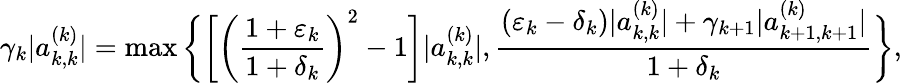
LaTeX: \gamma_{k}|a_{k,k}^{(k)}|=\operatorname*{max}\bigg\{ \bigg[\bigg(\frac{1+\varepsilon_{k}}{1+\delta_{k}}\bigg)^{2}-1\bigg]|a_{k,k}^{(k)}|,\frac{(\varepsilon_{k}-\delta_{k})|a_{k,k}^{(k)}|+\gamma_{k+1}|a_{k+1,k+1}^{(k)}|}{1+\delta_{k}}\bigg\} ,